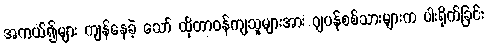
အကယ်၍များ ကျန်နေခဲ့ သော် ထိုတာဝန်ကျသူများအား ဂျပန်စစ်သားများက ပါးရိုက်ခြင်း